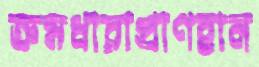
ক্রমধারাপ্রাণহান